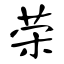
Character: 荣